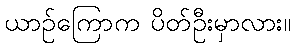
ယာဉ်ကြောက ပိတ်ဦးမှာလား။